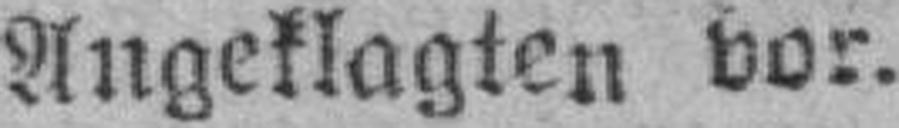
Angeklagten vor.